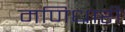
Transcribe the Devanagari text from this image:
मणिधारी